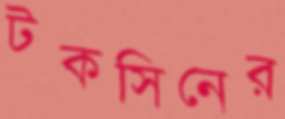
টকসিনের